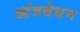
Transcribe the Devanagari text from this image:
आंत्रबेधन